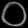
Digit: ၀